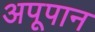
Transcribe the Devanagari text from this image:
अपूपान